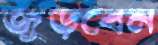
জুড়বেন